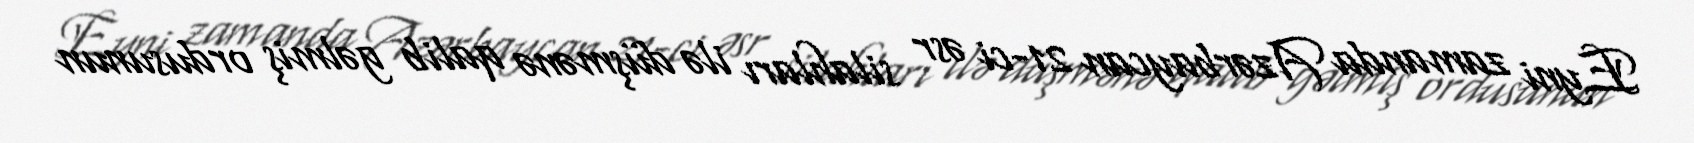
Eyni zamanda Azərbaycan 21-ci əsr silahları ilə düşmənə qalib gəlmiş ordusunun